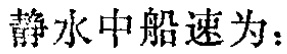
静水中船速为：